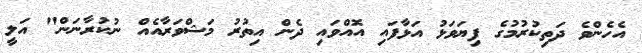
އެހެންވެ ދަތިކުރުމުގެ ފިޔަވަޅު އަޅާފައި އޮއްވައި ދެން އިތުރު މަޝްވަރާއެއް ނުކުރާނަން" އަލީ